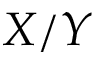
X / Y